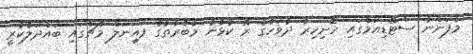
މާފަންނު ސްޓޭޑިއަމްގައި ހޮނިހިރު ދުވަހުގެ ރޭ ކުޅުނު މުބާރާތުގެ ފައިނަލް މެޗްގައި ބައްދަލުކުރީ